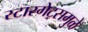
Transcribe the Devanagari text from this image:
स्टारगेट्समुळे